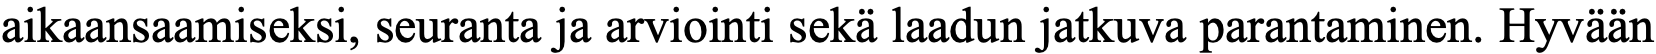
aikaansaamiseksi, seuranta ja arviointi sekä laadun jatkuva parantaminen. Hyvään